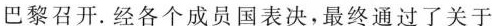
巴黎召开. 经各个成员国表决，最终通过了关于